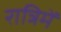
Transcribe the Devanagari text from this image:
रात्रिमें